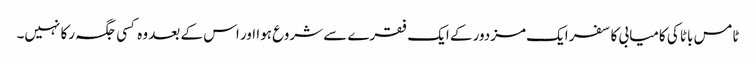
ٹامس باٹا کی کامیابی کا سفر ایک مزدور کے ایک فقرے سے شروع ہوا اور اس کے بعد وہ کسی جگہ رکا نہیں۔